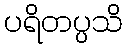
ပရိတပ္ပသိ